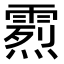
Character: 𩄰